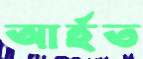
আর্হত